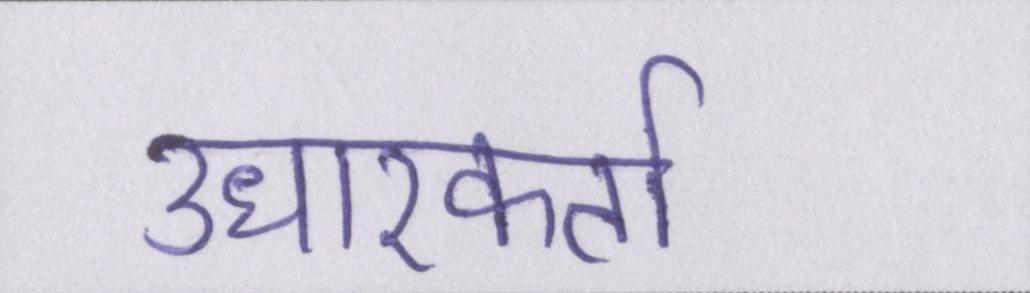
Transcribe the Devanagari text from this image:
उधारकर्ता